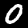
Label: 0